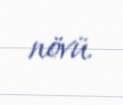
növü.